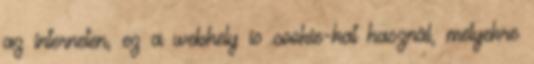
az interneten, ez a webhely is cookie-kat használ, melyekre